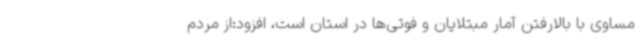
مساوی با بالارفتن آمار مبتلایان و فوتی‌ها در استان است، افزود:از مردم